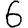
Digit: 6